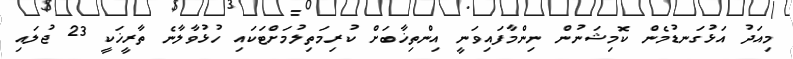
މިއަދު އަޅުގަނޑުމެން ކޮމިޝަނުން ނިންމާފައިވަނީ އިންތިޚާބަށް ކުރިމަތިލުމަށްޓަކައި ހުޅުވާލާނެ ތާރީޚަކީ 23 ޖުލައި